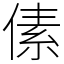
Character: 傃